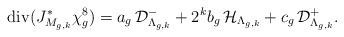
LaTeX: \begin{align*}{\rm div}(J_{M_{g,k}}^{*}\chi_{g}^{8})=a_{g}\,{\mathcal D}_{\Lambda_{g,k}}^{-}+2^{k}b_{g}\,{\mathcal H}_{\Lambda_{g,k}}+c_{g}\,{\mathcal D}_{\Lambda_{g,k}}^{+}.\end{align*}